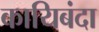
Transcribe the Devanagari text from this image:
कायिबंदा